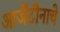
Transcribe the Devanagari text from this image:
आर्जेंटीनाचे